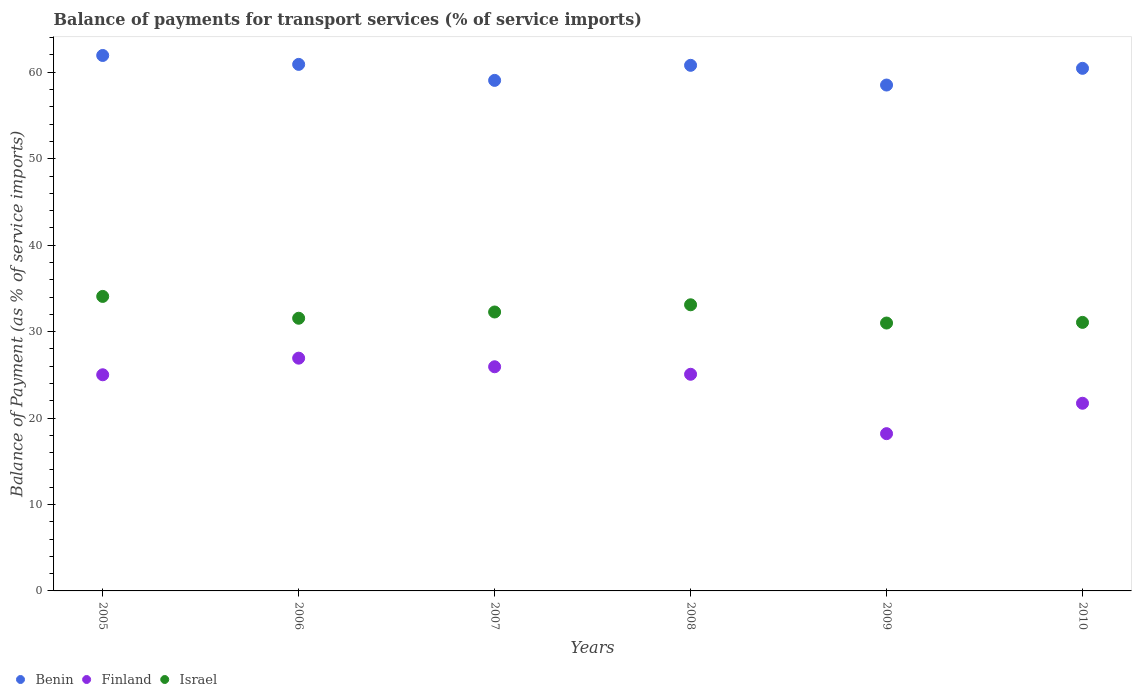
| Years | Benin | Finland | Israel |
 | --- | --- | --- | --- |
 | 2005 | 61.9 | 25 | 34.1 |
 | 2006 | 60.9 | 26.9 | 31.5 |
 | 2007 | 59.1 | 25.9 | 32.3 |
 | 2008 | 60.8 | 25.1 | 33.1 |
 | 2009 | 58.5 | 18.2 | 31 |
 | 2010 | 60.5 | 21.7 | 31.1 |